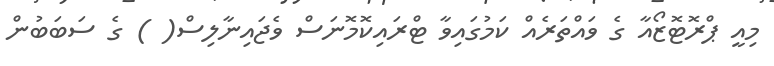
މިއީ ޕްރޮޓޮޒޯއާ ގެ ވައްތަރެއް ކަމުގައިވާ ޓްރައިކޮމޮނަސް ވެޖައިނާލިސް( ) ގެ ސަބަބުން